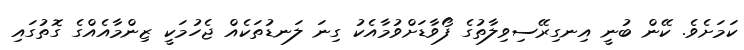
ކަމަށެވެ. ކޭން ބުނީ އިނގިރޭސިވިލާތުގެ ފޯވާޑަށްވުމާއެކު ގިނަ ލަނޑުތަކެއް ޖެހުމަކީ ޒިންމާއެއްގެ ގޮތުގައި